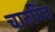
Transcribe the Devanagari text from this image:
चारुमित्र